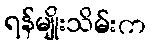
ရန်မျိုးသိမ်းက